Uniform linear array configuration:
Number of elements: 24
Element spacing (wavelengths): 0.5
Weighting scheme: exponential
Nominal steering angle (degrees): -15
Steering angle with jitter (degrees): -14.237
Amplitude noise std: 0.05
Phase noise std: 0.05

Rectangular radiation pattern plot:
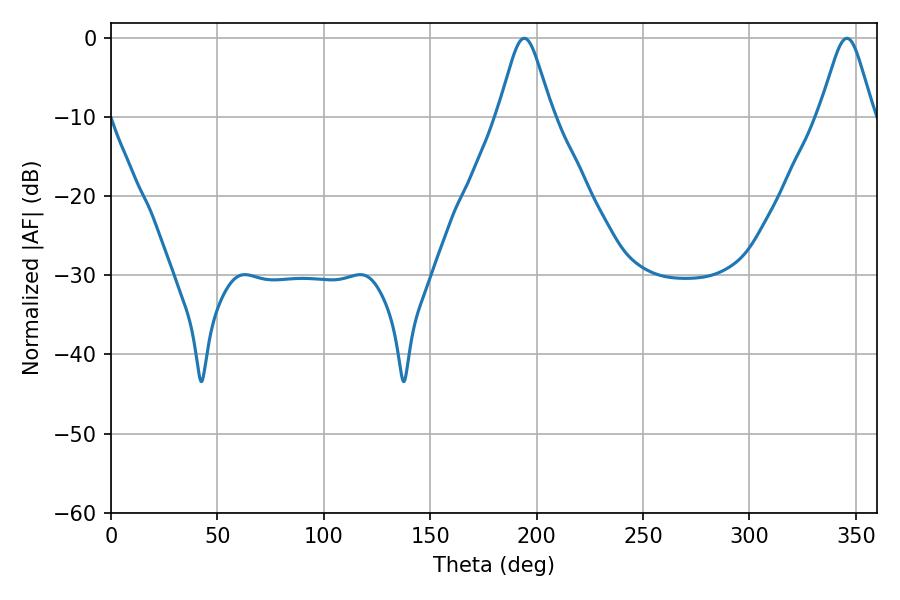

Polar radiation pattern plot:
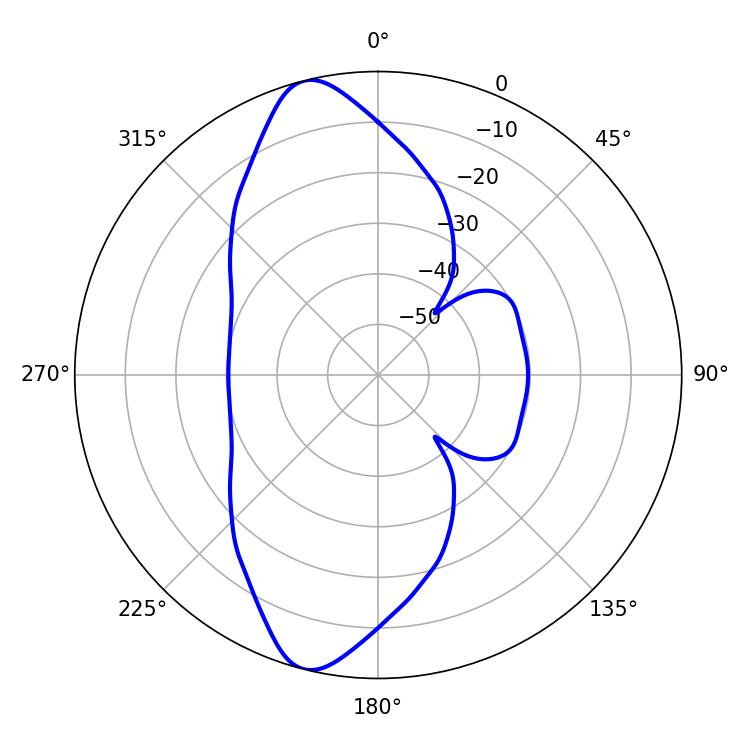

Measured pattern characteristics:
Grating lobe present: FALSE
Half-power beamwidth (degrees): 12.24
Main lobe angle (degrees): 194.22